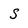
Character: S